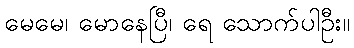
မေမေ၊ မောနေပြီ၊ ရေ သောက်ပါဦး။